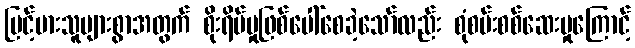
မြင့်မားသူများစွာအတွက် စိုးရိမ်မှုဖြစ်ပေါ်စေခဲ့သော်လည်း စုံစမ်းစစ်ဆေးမှုကြောင့်